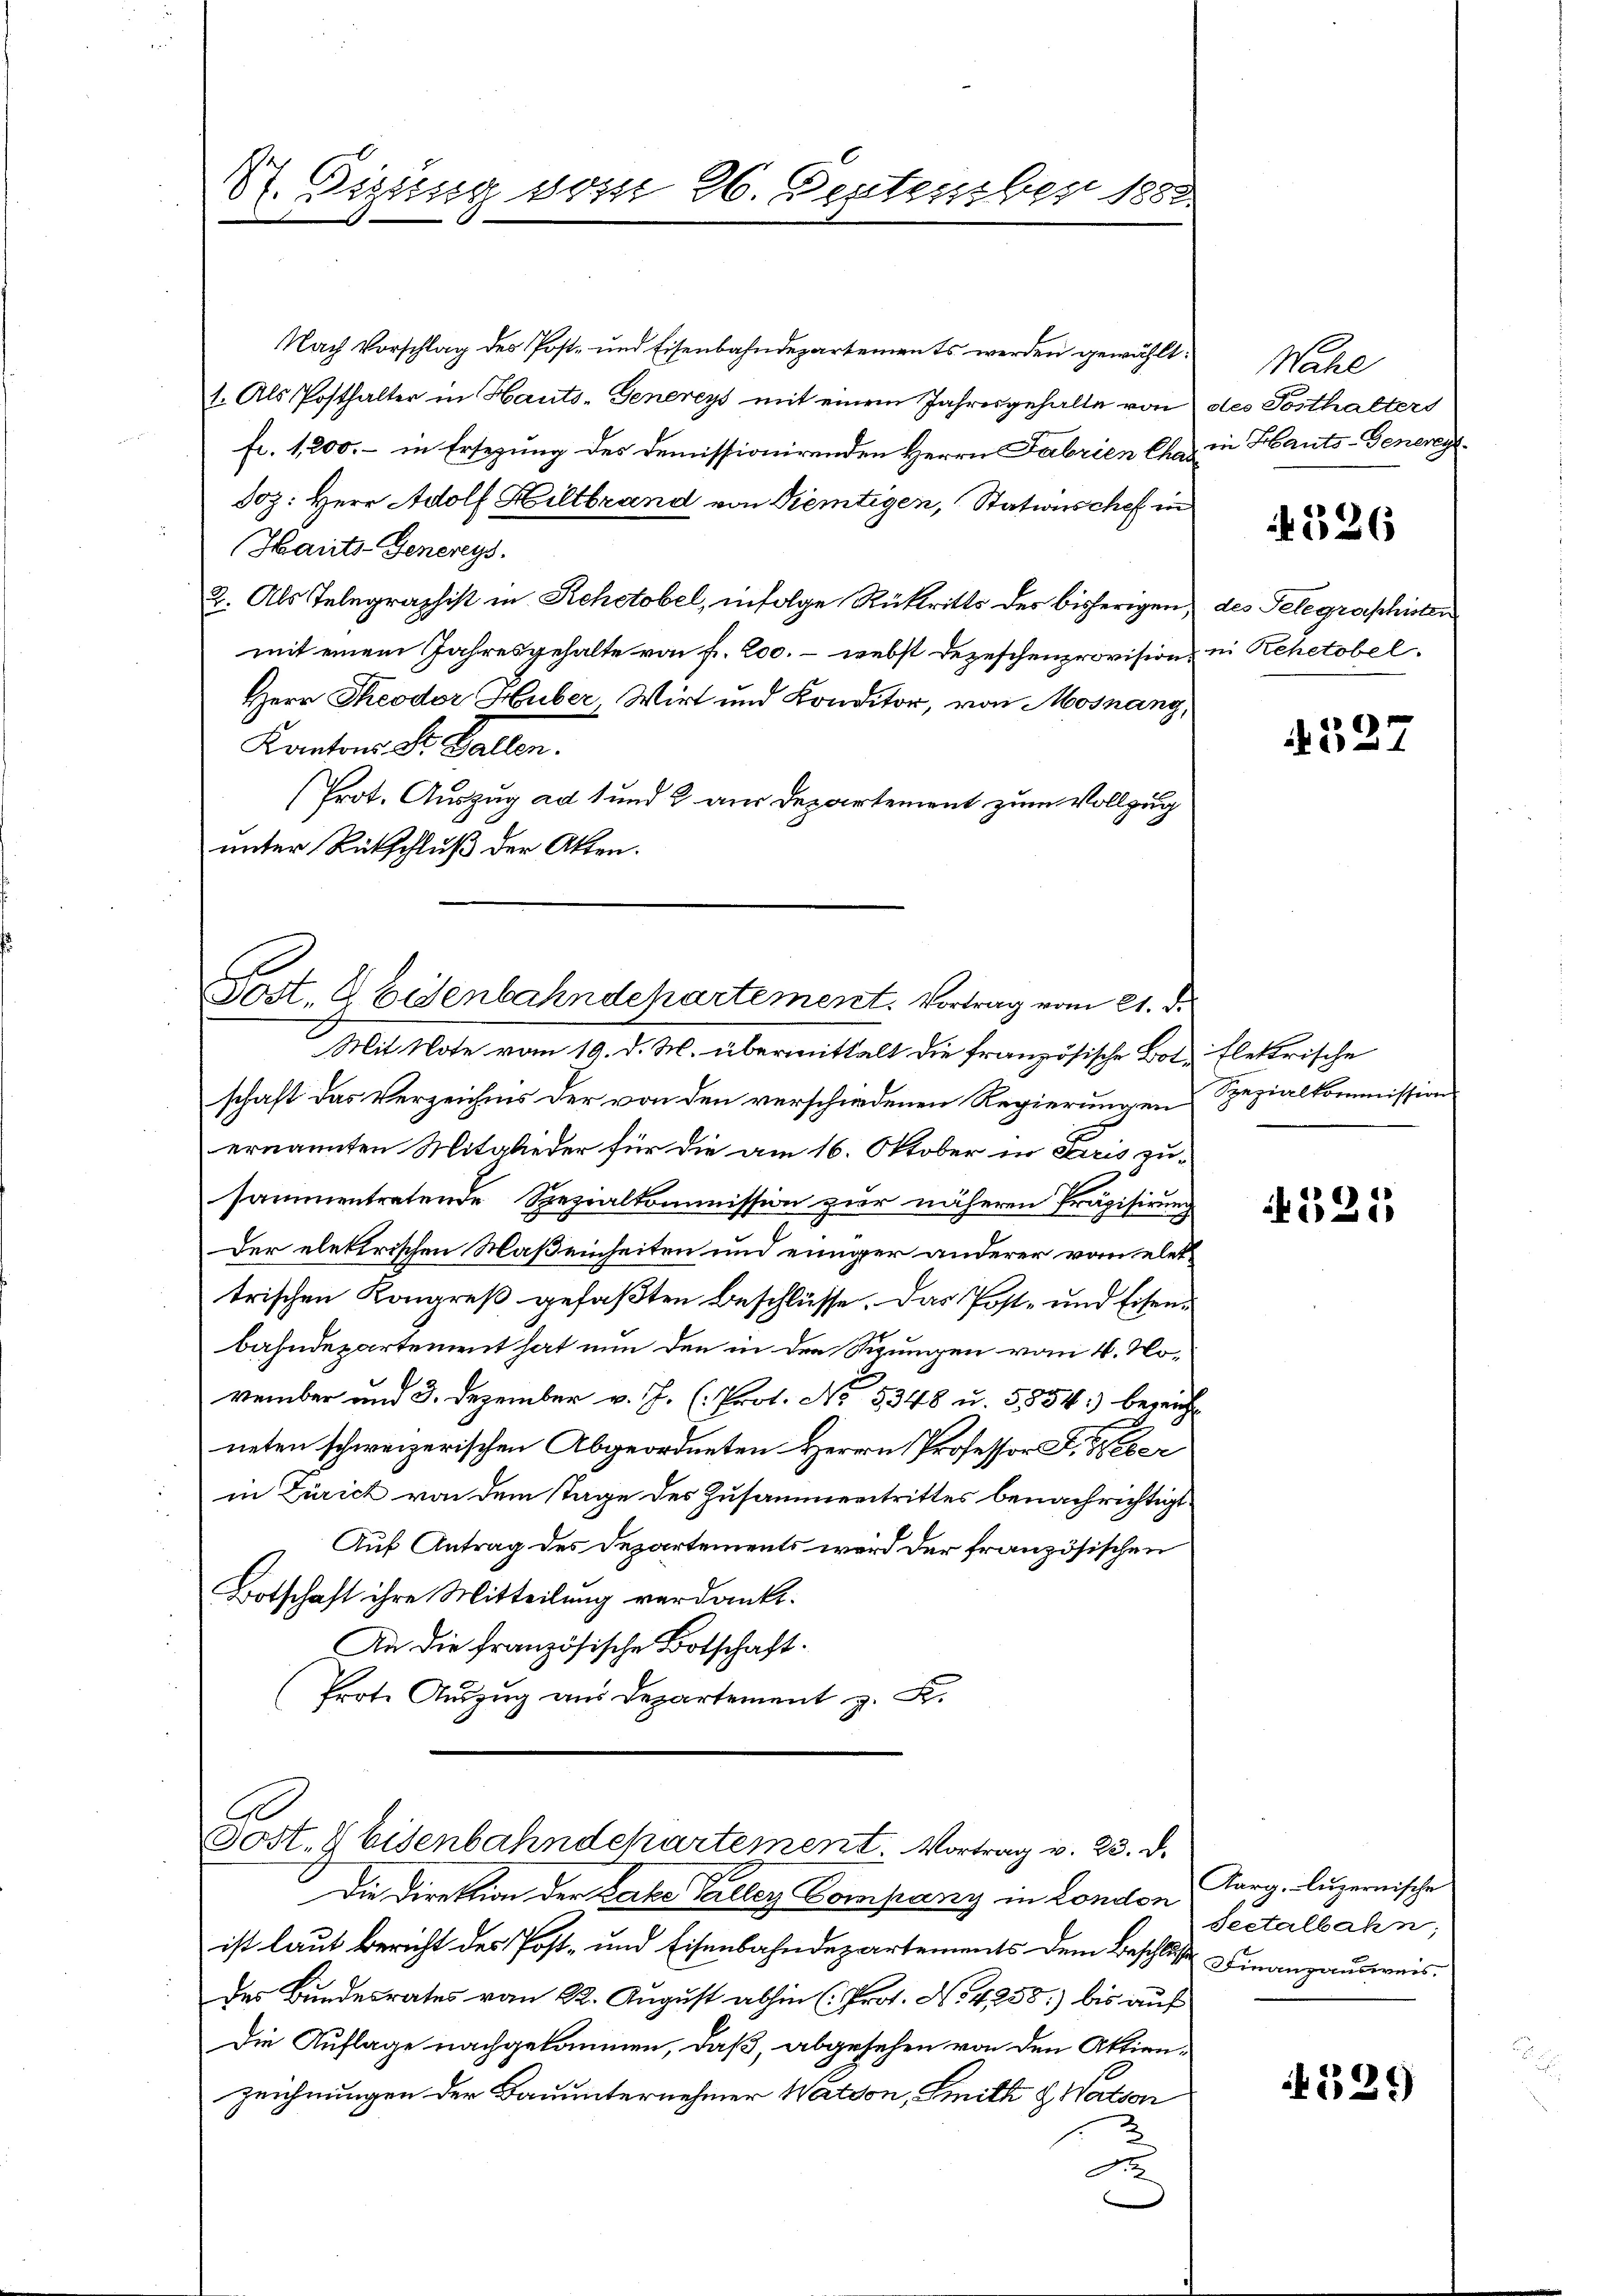
S. Tigung vom 26. Deptember 1882.

Nach Vorschlag des Post- und Eisenbahndepartements werden gewählt:
1. Als Posthalter in Hauts- Genereys mit einem Jahresgehalte von des Posthalters
fr. 1,200. – in Ersezung des Demissionirenden Herrn Fabrien Cha in Hauts-Generey¬
Soz: Herr Adolf Hiltbrand von Diemtigen, Statischef in
Hants-Genereys
2. Als Telegraphist in Rehctobel, infolge Rücktritts der bisherigen des Telegraphisten
mit einem Jahresgehalte von f. 200. – webst Dezeschenprovision, in Rehetobel.
Herr Theodor Huber Wirt und Konditor, von Mosnang,
Kantons St. Gallen.
(Prot. Auszug ad 1 und 2 aus Departement zum Vollzug
unter Rückschluß der Akten.

d
Sost. G. Eisenbahndepartement. Vortrag vom 21. d.

Mit Note vom 19. d. M. übermittalt die französische Bot flektrische
schaft das Verzeichnis der von den verschiedenen Regierungen Spezialkommission
ernannten Mitglieder für die am 16. Oktober in erris zusammentretende Spezialkommission zur näheren Präzisirung
Der elektrischen Maßeinheiten und einiger anderer vom elettrischen Kongreß gefaßten Beschlüsse. Das Post- und Eisenbahndepartement hat nun den in den Sizungen vom 4. November und 3. Dezember v. J. (: Prot. No. 5348 u. 5854) bezeich
neten schweizerischen Abgeordneten Herrn Professor D. Reser
in Zürich von dem Tage des Zusammentrittes benachrichtigt
Auf Antrag des Departements wird der französischen
Botschaft ihre Mitteilung verdankt.
An die französische Botschaft.
Prote Auszug an Departement z. K.
G
Sost. & Eisenbahndepartement. Vortrag v. 23. d.
Die Direktion der Lache Paller Company in London Aarg. Luzernische
ist laut Bericht des Post- und Eisenbahndepartements dem Beschluß Finanzausweis.
des Bundesrates von 22. August abhin (Prot. No 4,258:) bis auf
Die Auflage nachgekommen, daß, abgesehen von den Aktien-
zeichnungen der Bauunternehmer Watton, Smith & Wation
Fr

Nahe

4526

6)

525

Seetalbahn;

529